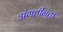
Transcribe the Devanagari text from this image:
अंगहीनता